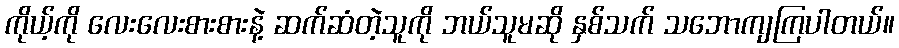
ကိုယ့်ကို လေးလေးစားစားနဲ့ ဆက်ဆံတဲ့သူကို ဘယ်သူမဆို နှစ်သက် သဘောကျကြပါတယ်။